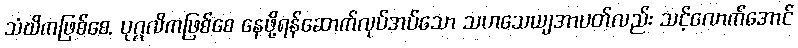
သံဃိကဖြစ်စေ, ပုဂ္ဂလိကဖြစ်စေ နေဖို့ရန်ဆောက်လုပ်အပ်သော သဟသေယျအာပတ်လည်း သင့်လောက်အောင်